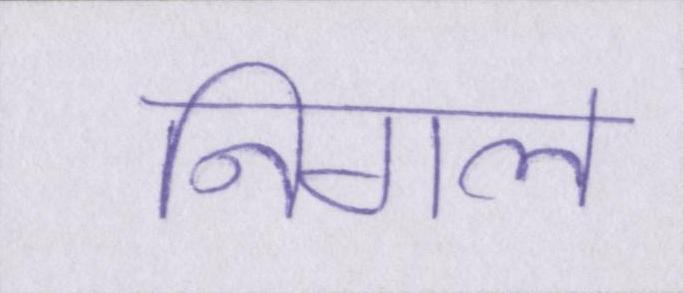
निगल